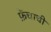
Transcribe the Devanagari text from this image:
फ्रेंचाची